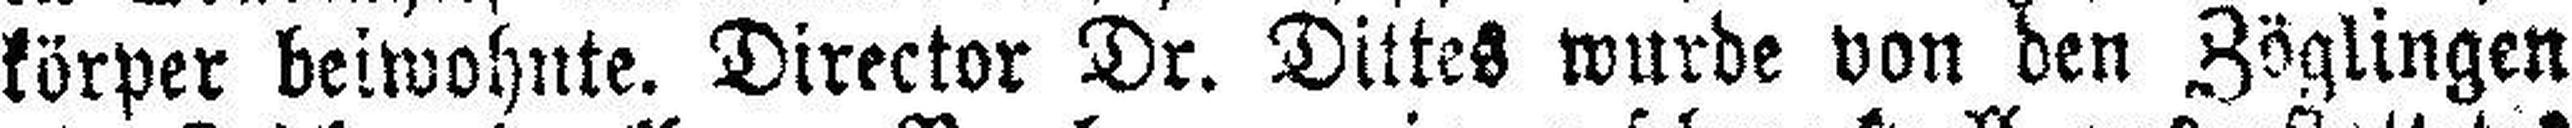
körper beiwohnte. Director Dr. Dittes wurde von den Zöglingen